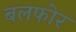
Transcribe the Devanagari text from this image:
बलफोर